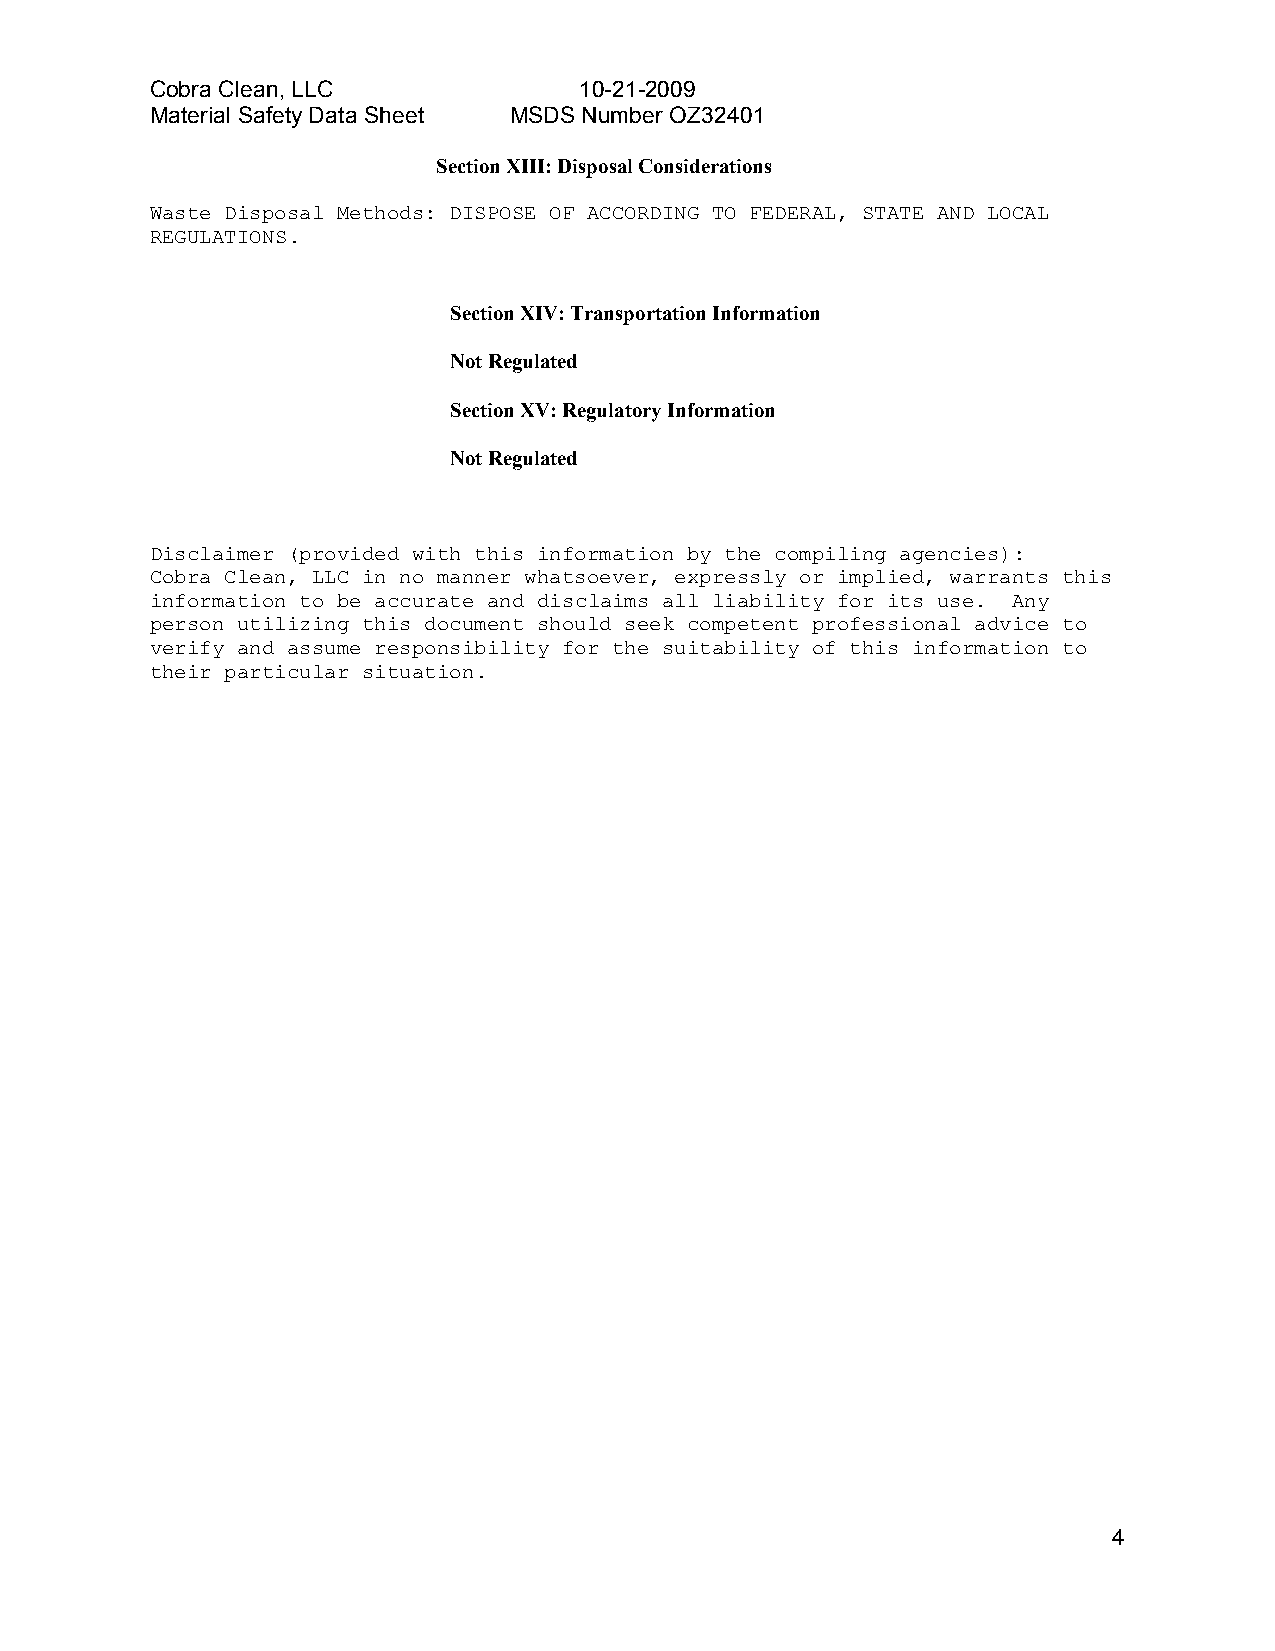
Cobra Clean, LLC            10-21-2009
 Material Safety Data Sheet MSDS Number OZ32401
 Section XIII: Disposal Considerations
 Waste Disposal Methods: DISPOSE OF ACCORDING TO FEDERAL, STATE AND LOCAL
 REGULATIONS.
 Section XIV: Transportation Information
 Not Regulated
 Section XV: Regulatory Information
 Not Regulated
 Disclaimer (provided with this information by the compiling agencies):
 Cobra Clean, LLC in no manner whatsoever, expressly or implied, warrants this
 information to be accurate and disclaims all liability for its use. Any
 person utilizing this document should seek competent professional advice to
 verify and assume responsibility for the suitability of this information to
 their particular situation.
 4